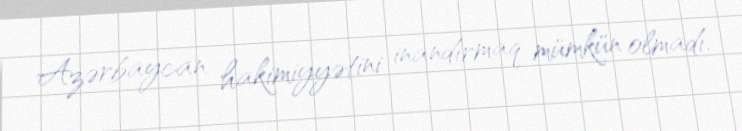
Azərbaycan hakimiyyətini inandırmaq mümkün olmadı.